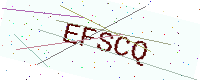
Text: EFSCQ